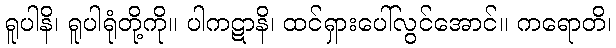
ရူပါနိ၊ ရူပါရုံတို့ကို။ ပါကဋာနိ၊ ထင်ရှားပေါ်လွင်အောင်။ ကရောတိ၊